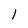
Character: 1